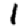
Digit: 1